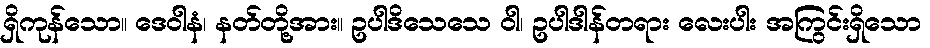
ရှိကုန်သော။ ဒေဝါနံ၊ နတ်တို့အား။ ဥပါဒိသေသေ ဝါ၊ ဥပါဒါန်တရား လေးပါး အကြွင်းရှိသော